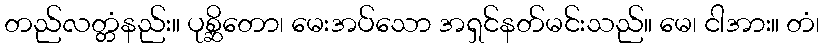
တည်လတ္တံနည်း။ ပုစ္ဆိတော၊ မေးအပ်သော အရှင်နတ်မင်းသည်။ မေ၊ ငါအား။ တံ၊